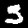
Digit: 5